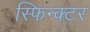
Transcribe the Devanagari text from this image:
स्फिन्क्टर